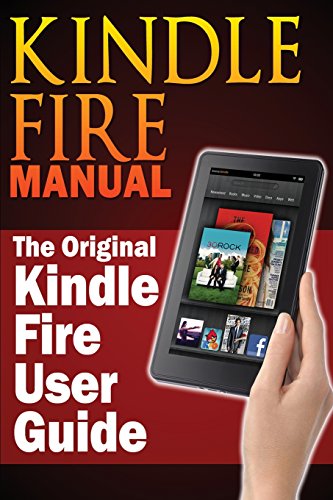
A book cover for Kindle Fire Manual: The Original Kindle Fire User Guide; Sharon Hurley; Computers & Technology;